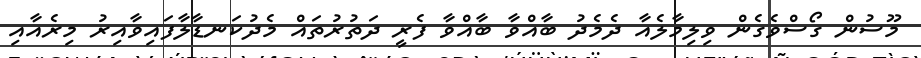
މޫސުން ގޯސްވެގެން ވިލިމާލެއާ ދެމެދު ބާއްވާ ބާއްވާ ފެރީ ދަތުރުތައް މެދުކަނޑާލާފައިވާއިރު މިރެއާއި